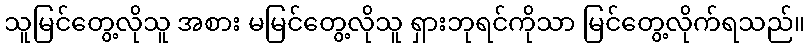
သူမြင်တွေ့လိုသူ အစား မမြင်တွေ့လိုသူ ရှားဘုရင်ကိုသာ မြင်တွေ့လိုက်ရသည်။